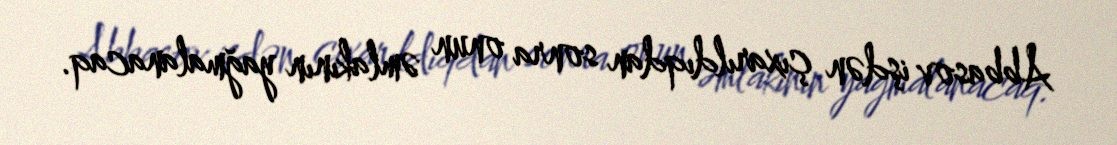
Abbasov işdən çıxarıldıqdan sonra onun əmlakının yağmalanacaq.